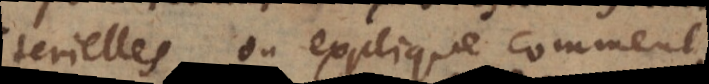
terielles, on explique comment